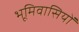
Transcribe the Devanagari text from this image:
भूमिवासियों